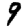
Digit: 9